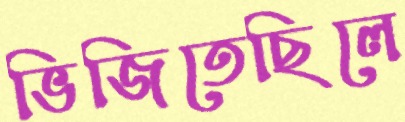
ভিজিতেছিলে